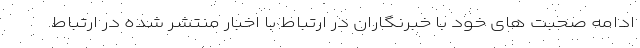
ادامه صحبت های خود با خبرنگاران در ارتباط با اخبار منتشر شده در ارتباط